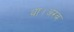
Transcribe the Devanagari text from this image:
था।अरब